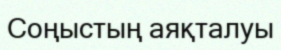
Соңыстың аяқталуы